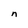
Character: n